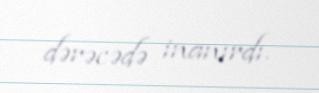
dərəcədə inanırdı.